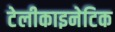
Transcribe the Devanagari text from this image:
टेलीकाइनेटिक